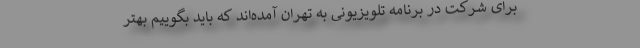
برای شرکت در برنامه تلویزیونی به تهران آمده‌اند که باید بگوییم بهتر